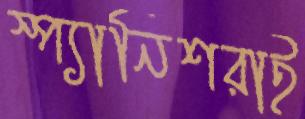
স্প্যানিশরাই